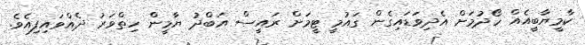
ކާމީޔާބީއެއް ހޯދުމަށް އެދިވަޑައިގެން ގައުމީ ޓީމަށް ރައީސް އަބްދު ޔާމީން ހިތްވަރު ދެއްވައިފިއެވެ.